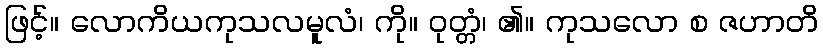
ဖြင့်။ လောကိယကုသလမူလံ၊ ကို။ ဝုတ္တံ၊ ၏။ ကုသလော စ ဇဟာတိ